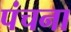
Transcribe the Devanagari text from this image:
पंचना